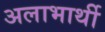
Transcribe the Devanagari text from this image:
अलाभार्थी